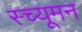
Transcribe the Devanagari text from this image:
स्च्यूमन